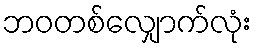
ဘဝတစ်လျှောက်လုံး